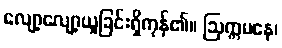
လျော့လျော့ယူခြင်းရှိကုန်၏။ ဩက္ကမနေ၊